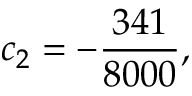
c _ { 2 } = - { \frac { 3 4 1 } { 8 0 0 0 } } ,